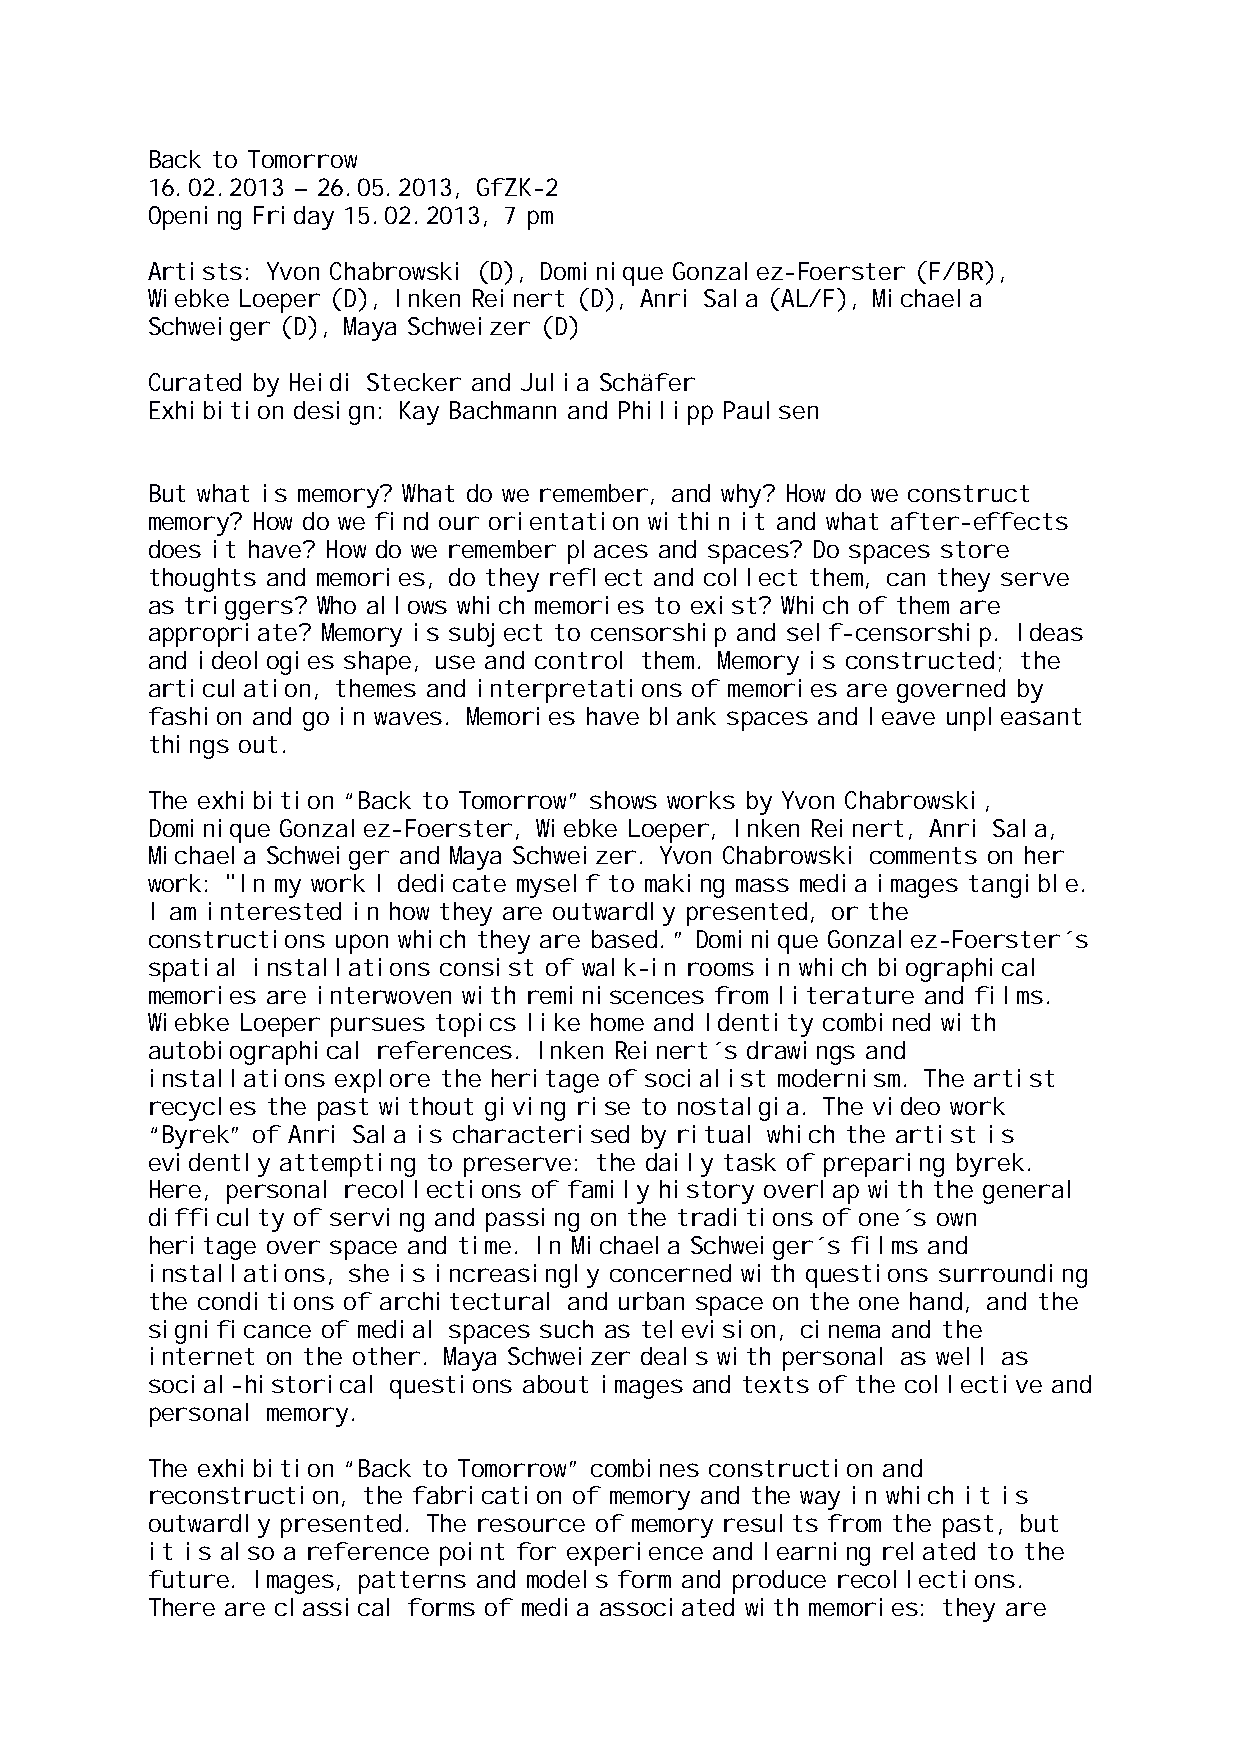
Back to Tomorrow
 16.02.2013 – 26.05.2013, GfZK-2
 Opening Friday 15.02.2013, 7 pm
 Artists: Yvon Chabrowski (D), Dominique Gonzalez-Foerster (F/BR),
 Wiebke Loeper (D), Inken Reinert (D), Anri Sala (AL/F), Michaela
 Schweiger (D), Maya Schweizer (D)
 Curated by Heidi Stecker and Julia Schäfer
 Exhibition design: Kay Bachmann and Philipp Paulsen
 But what is memory? What do we remember, and why? How do we construct
 memory? How do we find our orientation within it and what after-effects
 does it have? How do we remember places and spaces? Do spaces store
 thoughts and memories, do they reflect and collect them, can they serve
 as triggers? Who allows which memories to exist? Which of them are
 appropriate? Memory is subject to censorship and self-censorship. Ideas
 and ideologies shape, use and control them. Memory is constructed; the
 articulation, themes and interpretations of memories are governed by
 fashion and go in waves. Memories have blank spaces and leave unpleasant
 things out.
 The exhibition “Back to Tomorrow” shows works by Yvon Chabrowski,
 Dominique Gonzalez-Foerster, Wiebke Loeper, Inken Reinert, Anri Sala,
 Michaela Schweiger and Maya Schweizer. Yvon Chabrowski comments on her
 work: "In my work I dedicate myself to making mass media images tangible.
 I am interested in how they are outwardly presented, or the
 constructions upon which they are based.” Dominique Gonzalez-Foerster´s
 spatial installations consist of walk-in rooms in which biographical
 memories are interwoven with reminiscences from literature and films.
 Wiebke Loeper pursues topics like home and Identity combined with
 autobiographical references. Inken Reinert´s drawings and
 installations explore the heritage of socialist modernism. The artist
 recycles the past without giving rise to nostalgia. The video work
 “Byrek” of Anri Sala is characterised by ritual which the artist is
 evidently attempting to preserve: the daily task of preparing byrek.
 Here, personal recollections of family history overlap with the general
 difficulty of serving and passing on the traditions of one´s own
 heritage over space and time. In Michaela Schweiger´s films and
 installations, she is increasingly concerned with questions surrounding
 the conditions of architectural and urban space on the one hand, and the
 significance of medial spaces such as television, cinema and the
 internet on the other. Maya Schweizer deals with personal as well as
 social-historical questions about images and texts of the collective and
 personal memory.
 The exhibition “Back to Tomorrow” combines construction and
 reconstruction, the fabrication of memory and the way in which it is
 outwardly presented. The resource of memory results from the past, but
 it is also a reference point for experience and learning related to the
 future. Images, patterns and models form and produce recollections.
 There are classical forms of media associated with memories: they are